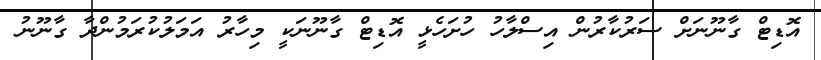
އޮޑިޓް ގާނޫނަށް ސަރުކާރުން އިސްލާހު ހުށަހެޅީ އޮޑިޓް ގާނޫނަކީ މިހާރު އަމަލުކުރަމުންދާ ގާނޫނު